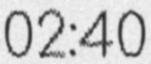
02:40